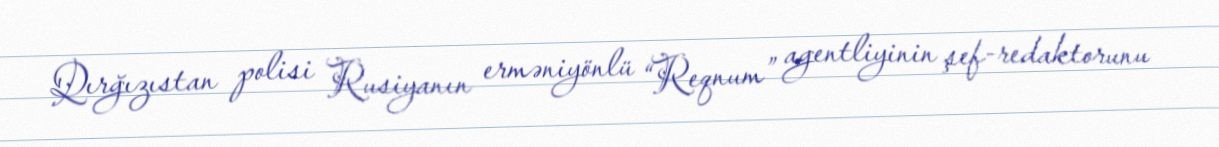
Qırğızıstan polisi Rusiyanın erməniyönlü “Reqnum” agentliyinin şef-redaktorunu